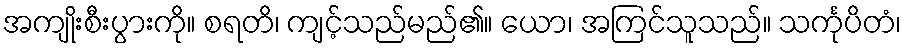
အကျိုးစီးပွားကို။ စရတိ၊ ကျင့်သည်မည်၏။ ယော၊ အကြင်သူသည်။ သင်္ကုပိတံ၊